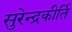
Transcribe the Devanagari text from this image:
सुरेन्द्रकीर्ति